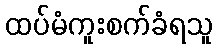
ထပ်မံကူးစက်ခံရသူ